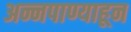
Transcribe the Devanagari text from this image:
अन्नपाण्याहून